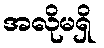
အလိုမရှိ